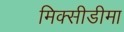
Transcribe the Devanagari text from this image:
मिक्सीडीमा